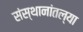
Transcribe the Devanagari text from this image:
संस्थानांतल्या